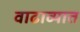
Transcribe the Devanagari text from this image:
वाढाव्यात